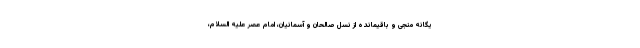
یگانه منجی و باقیمانده از نسل صالحان و آسمانیان، امام عصر علیه السلام،